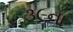
૩૯ના